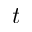
t